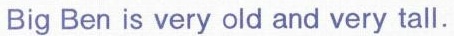
Big Ben is very old and very tall.